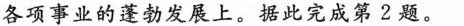
各项事业的蓬勃发展上。据此完成第2题。